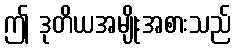
ဤ ဒုတိယအမျိုးအစားသည်